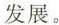
发展。